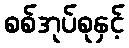
စစ်အုပ်စုနှင့်